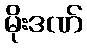
မိုးဒဏ်